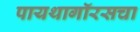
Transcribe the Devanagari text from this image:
पायथागॉरसचा